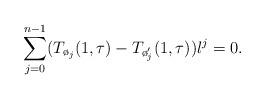
LaTeX: \begin{align*}\sum_{j=0}^{n-1} (T_{\o_j}(1,\tau)-T_{\o'_{j}}(1,\tau))\l^j=0.\end{align*}